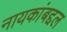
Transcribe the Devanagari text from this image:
नायकांबद्दल